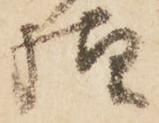
様